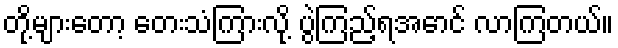
တို့များတော့ တေးသံကြားလို့ ပွဲကြည့်ရအောင် လာကြတယ်။